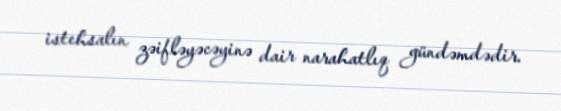
istehsalın zəifləyəcəyinə dair narahatlıq gündəmdədir.